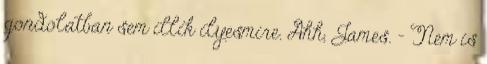
gondolatban sem illik ilyesmire. Ahh, James. - Nem is